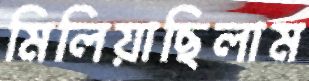
মিলিয়াছিলাম